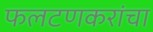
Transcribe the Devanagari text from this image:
फलटणकरांचा